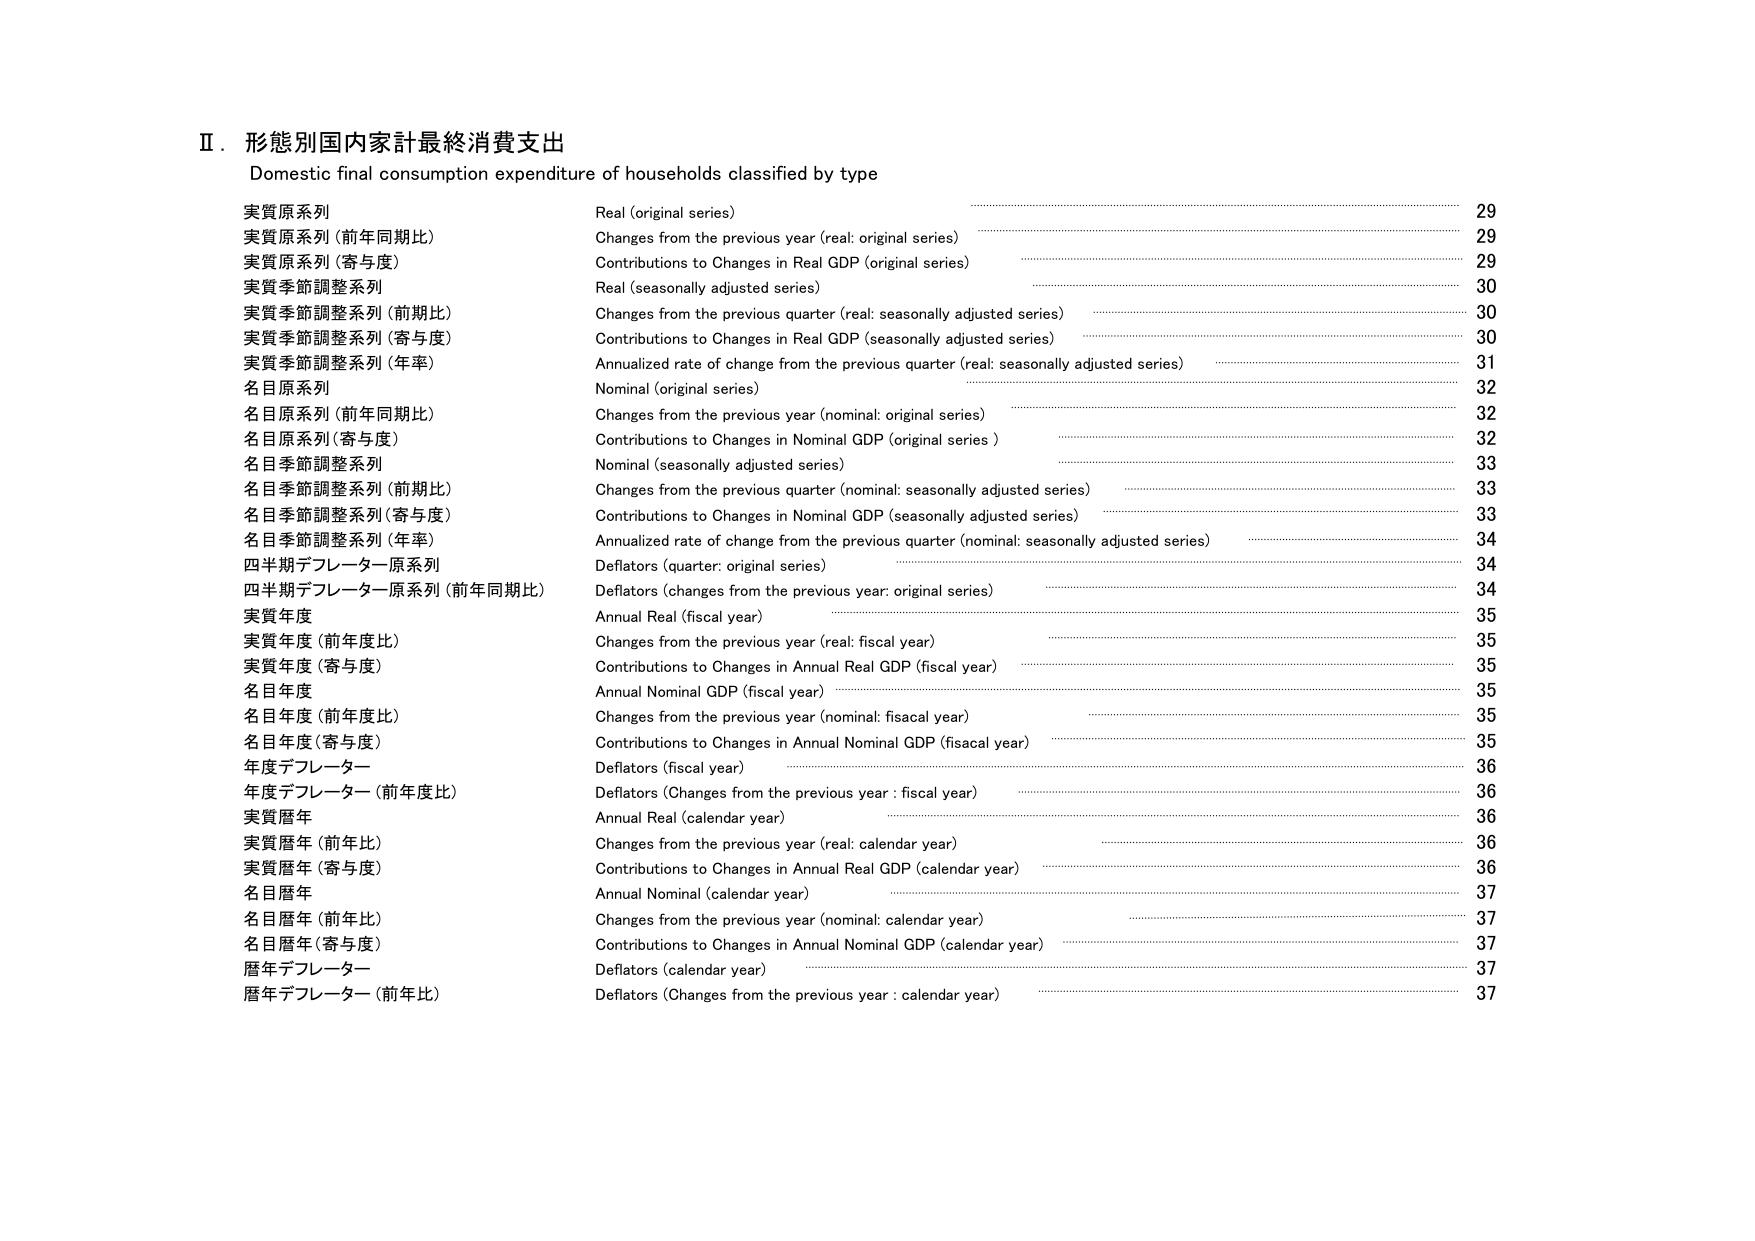
Ⅱ．形態別国内家計最終消費支出
Domestic final consumption expenditure of households classified by type

実質原系列 Real (original series) 29
実質系列（前年同期比） Changes from the previous year (real: original series) 29
実質原系列（寄与度） Contributions to Changes in Real GDP (original series) 29
実質季節調整系列 Real (seasonally adjusted series) 30
実質季節調整系列（前期比） Changes from the previous quarter (real: seasonally adjusted series) 30
実質季節調整系列（寄与度） Contributions to Changes in Real GDP (seasonally adjusted series) 30
実質季節調整系列（年率） Annualized rate of change from the previous quarter (real: seasonally adjusted series) 31
名目原系列 Nominal (original series) 32
名目原系列（前年同期比） Changes from the previous year (nominal: original series) 32
名目原系列（寄与度） Contributions to Changes in Nominal GDP (original series) 32
名目季節調整系列 Nominal (seasonally adjusted series) 33
名目季節調整系列（前期比） Changes from the previous quarter (nominal: seasonally adjusted series) 33
名目季節調整系列（寄与度） Contributions to Changes in Nominal GDP (seasonally adjusted series) 33
名目季節調整系列（年率） Annualized rate of change from the previous quarter (nominal: seasonally adjusted series) 34
四半期デフレーター原系列 Deflators (quarter: original series) 34
四半期デフレーター原系列（前年同期比） Deflators (changes from the previous year: original series) 34
実質年度 Annual Real (fiscal year) 35
実質年度（前年度比） Changes from the previous year (real: fiscal year) 35
実質年度（寄与度） Contributions to Changes in Annual Real GDP (fiscal year) 35
名目年度 Annual Nominal GDP (fiscal year) 35
名目年度（前年度比） Changes from the previous year (nominal: fiscal year) 35
名目年度（寄与度） Contributions to Changes in Annual Nominal GDP (fiscal year) 35
年度デフレーター Deflators (fiscal year) 36
年度デフレーター（前年度比） Deflators (Changes from the previous year : fiscal year) 36
実質暦年 Annual Real (calendar year) 36
実質暦年（前年比） Changes from the previous year (real: calendar year) 36
実質暦年（寄与度） Contributions to Changes in Annual Real GDP (calendar year) 36
名目暦年 Annual Nominal (calendar year) 37
名目暦年（前年比） Changes from the previous year (nominal: calendar year) 37
名目暦年（寄与度） Contributions to Changes in Annual Nominal GDP (calendar year) 37
暦年デフレーター Deflators (calendar year) 37
暦年デフレーター（前年比） Deflators (Changes from the previous year : calendar year) 37